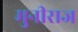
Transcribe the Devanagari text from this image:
मुनीराज